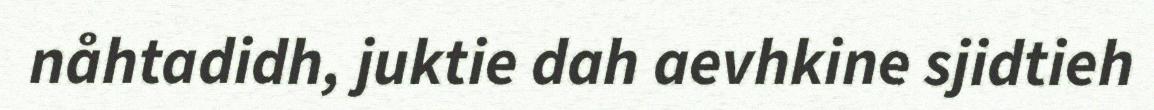
nåhtadidh, juktie dah aevhkine sjidtieh